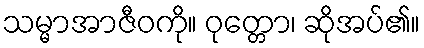
သမ္မာအာဇီဝကို။ ဝုတ္တော၊ ဆိုအပ်၏။